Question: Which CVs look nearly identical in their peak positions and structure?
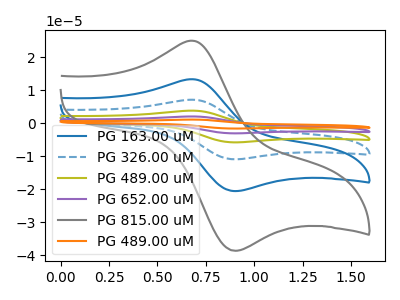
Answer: <think>The blue curve "PG 163.00 uM" has an anodic peak at (0.70V, 13.25uA) and a cathodic peak at (0.90V, -20.60uA). The blue dashed curve "PG 326.00 uM" has an anodic peak at (0.70V, 26.50uA) and a cathodic peak at (0.90V, -41.15uA). The olive curve "PG 489.00 uM" has an anodic peak at (0.70V, 39.80uA) and a cathodic peak at (0.90V, -61.75uA). The purple curve "PG 652.00 uM" has an anodic peak at (0.70V, 53.05uA) and a cathodic peak at (0.90V, -82.30uA). The gray curve "PG 815.00 uM" has an anodic peak at (0.70V, 24.90uA) and a cathodic peak at (0.90V, -38.65uA). The orange curve "PG 489.00 uM" has an anodic peak at (0.70V, 66.30uA) and a cathodic peak at (0.90V, -102.90uA).
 All the peaks in "PG 163.00 uM" have a peak in "PG 326.00 uM" at the same potential. Every peak in "PG 163.00 uM" is lower than every peak in "PG 326.00 uM". All the peaks in "PG 163.00 uM" have a peak in "PG 489.00 uM" at the same potential. Every peak in "PG 163.00 uM" is lower than every peak in "PG 489.00 uM". All the peaks in "PG 163.00 uM" have a peak in "PG 652.00 uM" at the same potential. Every peak in "PG 163.00 uM" is lower than every peak in "PG 652.00 uM". All the peaks in "PG 163.00 uM" have a peak in "PG 815.00 uM" at the same potential. Every peak in "PG 163.00 uM" is lower than every peak in "PG 815.00 uM". All the peaks in "PG 163.00 uM" have a peak in "PG 489.00 uM" at the same potential. Every peak in "PG 163.00 uM" is lower than every peak in "PG 489.00 uM". All the peaks in "PG 326.00 uM" have a peak in "PG 489.00 uM" at the same potential. Every peak in "PG 326.00 uM" is lower than every peak in "PG 489.00 uM". All the peaks in "PG 326.00 uM" have a peak in "PG 652.00 uM" at the same potential. Every peak in "PG 326.00 uM" is lower than every peak in "PG 652.00 uM". All the peaks in "PG 326.00 uM" have a peak in "PG 815.00 uM" at the same potential. Every peak in "PG 326.00 uM" is higher than every peak in "PG 815.00 uM". All the peaks in "PG 326.00 uM" have a peak in "PG 489.00 uM" at the same potential. Every peak in "PG 326.00 uM" is lower than every peak in "PG 489.00 uM". All the peaks in "PG 489.00 uM" have a peak in "PG 652.00 uM" at the same potential. Every peak in "PG 489.00 uM" is lower than every peak in "PG 652.00 uM". All the peaks in "PG 489.00 uM" have a peak in "PG 815.00 uM" at the same potential. Every peak in "PG 489.00 uM" is higher than every peak in "PG 815.00 uM". All the peaks in "PG 489.00 uM" have a peak in "PG 489.00 uM" at the same potential. Every peak in "PG 489.00 uM" is lower than every peak in "PG 489.00 uM". All the peaks in "PG 652.00 uM" have a peak in "PG 815.00 uM" at the same potential. Every peak in "PG 652.00 uM" is higher than every peak in "PG 815.00 uM". All the peaks in "PG 652.00 uM" have a peak in "PG 489.00 uM" at the same potential. Every peak in "PG 652.00 uM" is lower than every peak in "PG 489.00 uM". All the peaks in "PG 815.00 uM" have a peak in "PG 489.00 uM" at the same potential. Every peak in "PG 815.00 uM" is lower than every peak in "PG 489.00 uM".</think>
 <answer>"PG 815.00 uM", "PG 163.00 uM", "PG 326.00 uM", "PG 489.00 uM", "PG 652.00 uM" and "PG 489.00 uM" have the same shape and are likely CV's of the same chemical.</answer>
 <eval>"PG 815.00 uM" "PG 163.00 uM" "PG 326.00 uM" "PG 489.00 uM" "PG 652.00 uM" "PG 489.00 uM"</eval>